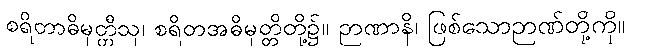
စရိတာဓိမုတ္တီသု၊ စရိတအဓိမုတ္တိတို့၌။ ဉာဏာနိ၊ ဖြစ်သောဉာဏ်တို့ကို။